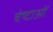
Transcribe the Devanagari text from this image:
चेष्‍टाओं